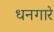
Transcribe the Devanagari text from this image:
धनगारे